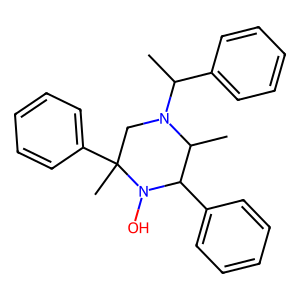
SMILES: CC(c1ccccc1)N1CC(C)(c2ccccc2)N(O)C(c2ccccc2)C1C
Inhibits HIV replication: No